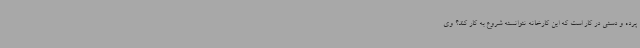
پرده و دستی در کار است که این کارخانه نتوانسته شروع به کار کند؟ وی